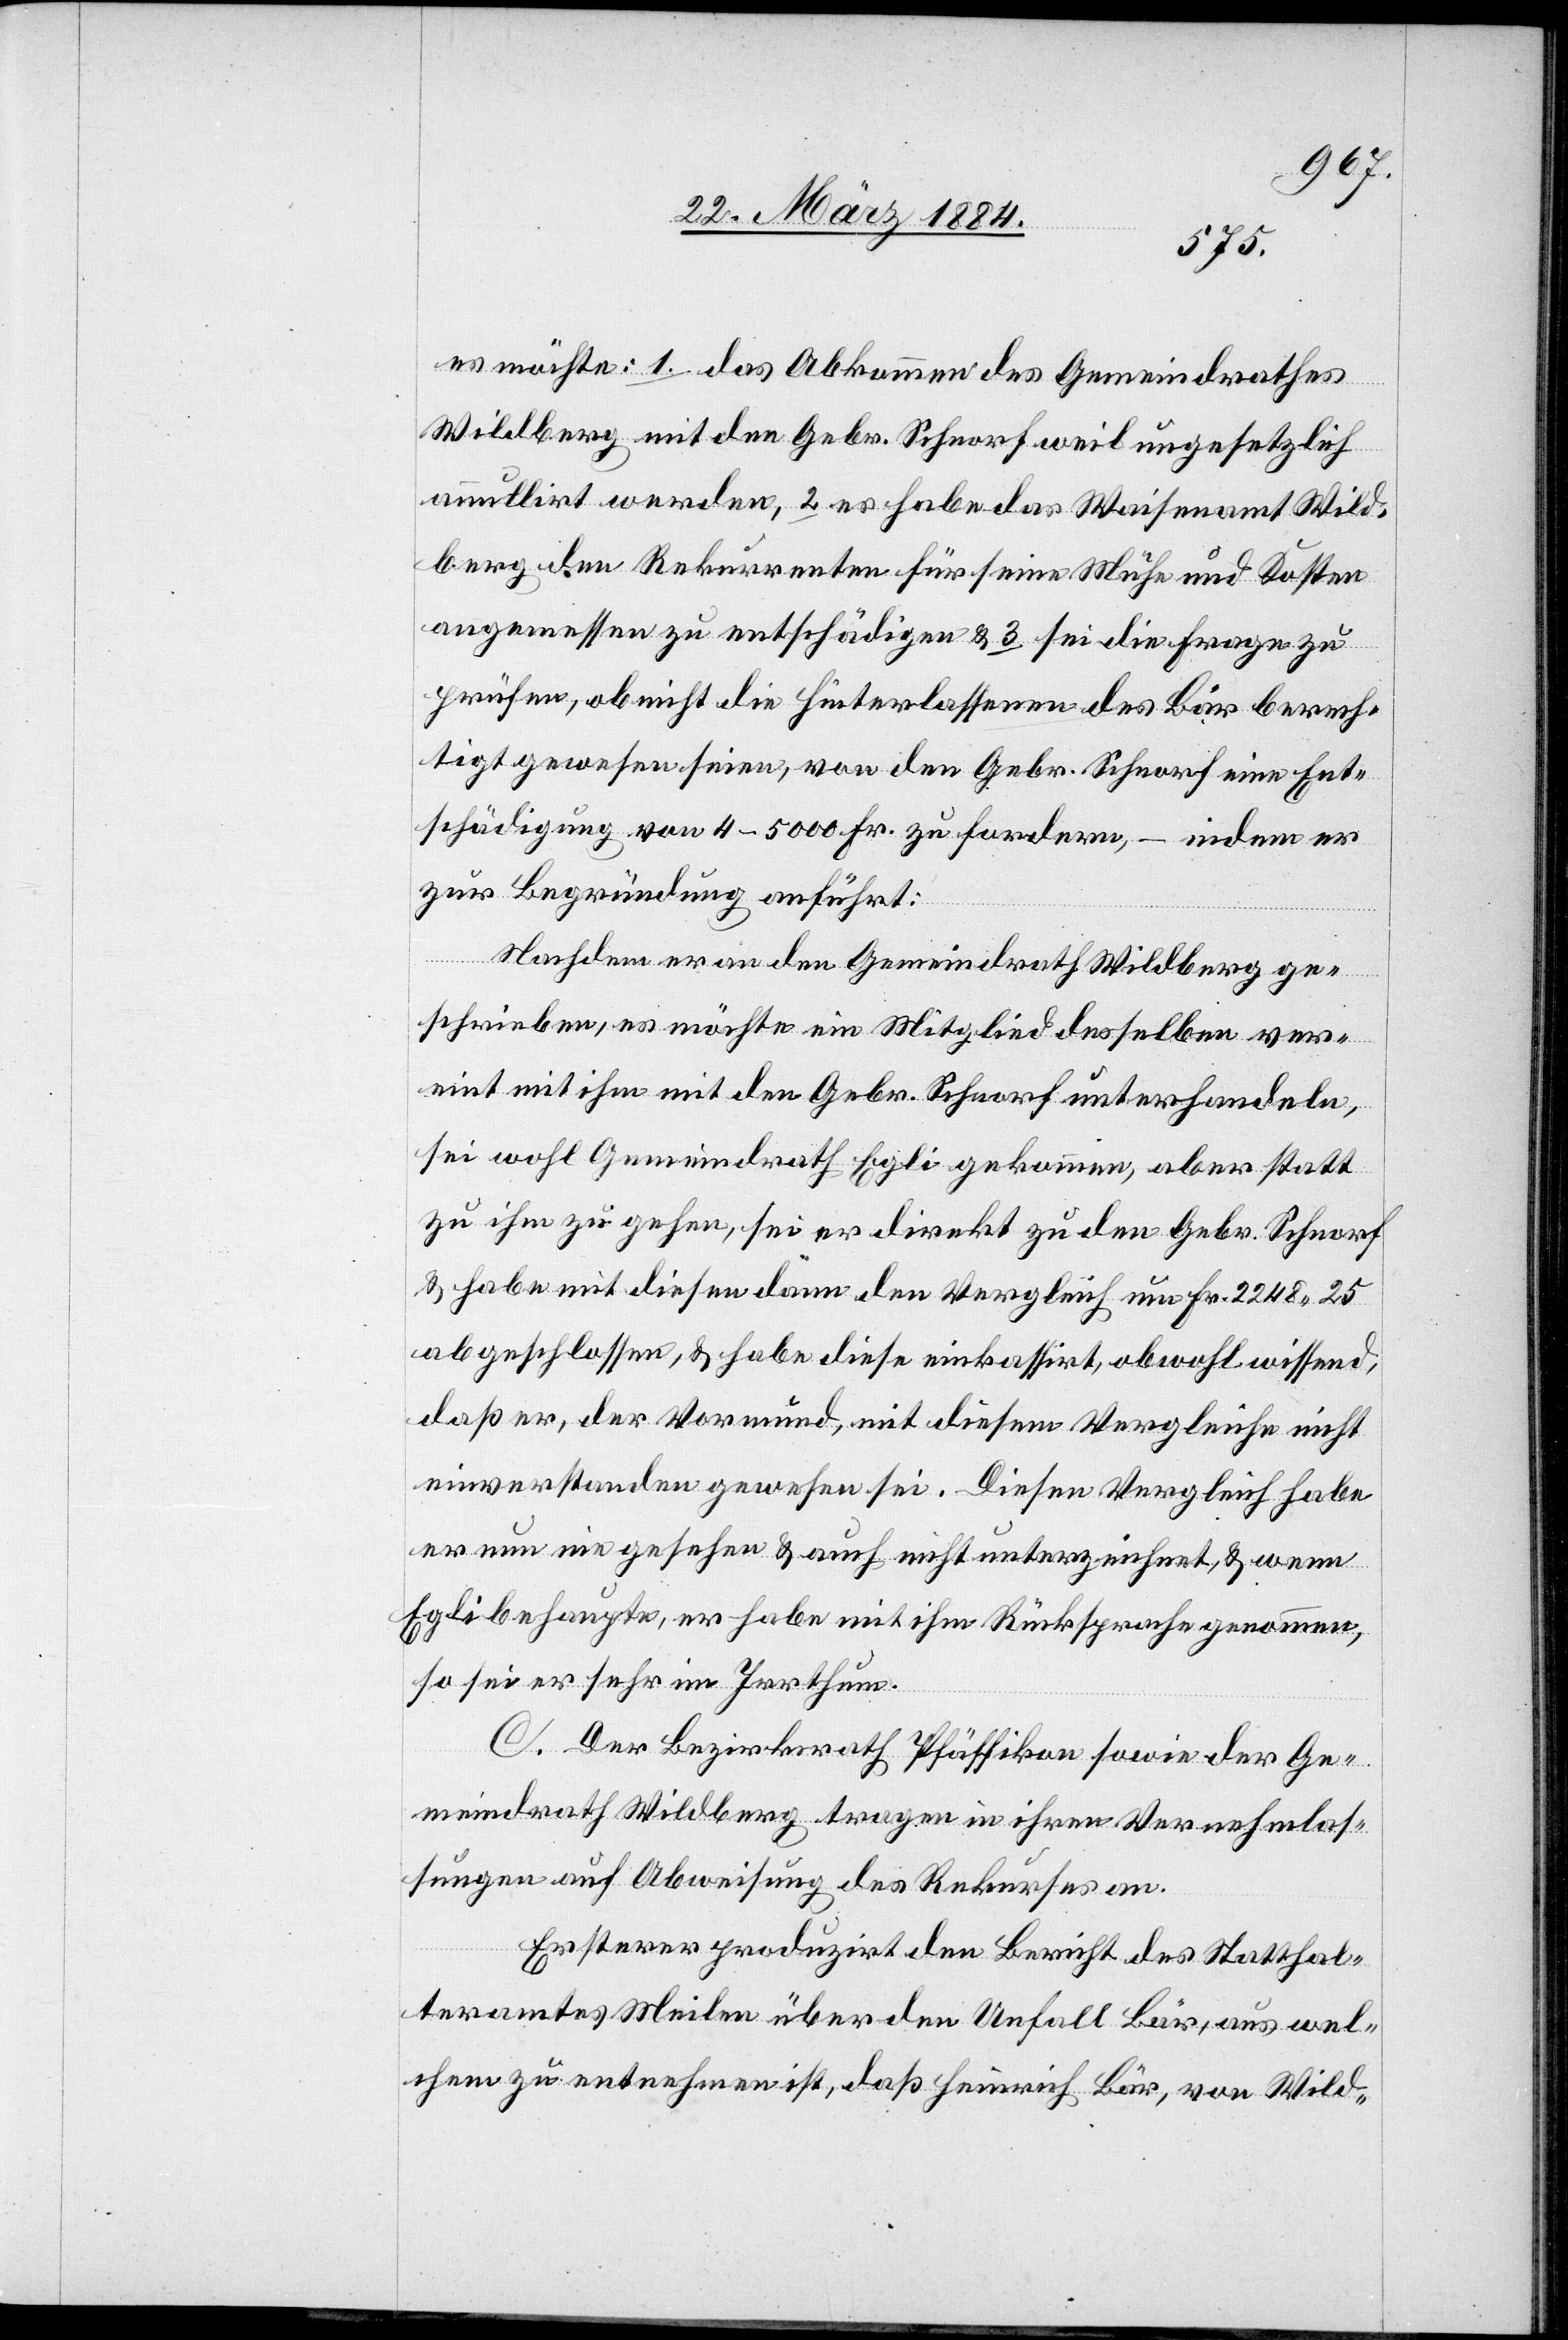
es möchte: 1. Das Abkommen des Gemeindrathes
Wildberg mit den Gbr. Schnorf weil ungesetzlich
annullirt werden, 2. es habe das Waisenamt Wild¬
berg den Rekurrenten für seine Mühe und Kosten
angemessen zu entschädigen & 3. es sei die Frage zu
prüfen, ob nicht die Hinterlassenen des Bär berech¬
tigt gewesen seien, von den Gebr. Schnorf eine Ent¬
schädigung von 4–5000 Fr. zu fordern, – indem er
zur Begründung anführt:
Nachdem er an den Gemeindrath Wildberg ge¬
schrieben, es möchte ein Mitglied desselben ver¬
eint mit ihm mit den Gebr. Schnorf unterhandeln,
sei wohl Gemeindrath Egli gekommen, aber statt
zu ihm zu gehen, sei er direkt zu den Gebr. Schnorf
& habe mit diesen dann den Vergleich um Fr. 2248 25
abgeschlossen, & habe diesen einkassirt, obwohl wissend,
daß er, der Vormund, mit diesem Vergleiche nicht
einverstanden gewesen sei. Diesen Vergleich habe
er nun eingesehen & auch nicht unterzeichnet, & wenn
Egli behaupte, er habe mit ihm Rücksprache genommen,
so sei er sehr im Irrthum.
C. Der Bezirksrath Pfäffikon sowie der Ge¬
meindrath Wildberg tragen in ihren Vernehmlas¬
sungen auf Abweisung des Rekurses an.
Ersterer produzirt den Bericht des Statthal¬
teramtes Meilen über den Unfall Bär, aus wel¬
chem zu entnehmen ist, daß Heinrich Bär, von Wild-